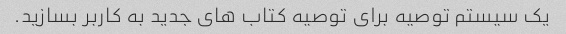
یک سیستم توصیه برای توصیه کتاب های جدید به کاربر بسازید.